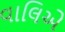
વાલિએ